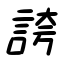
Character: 誇